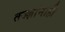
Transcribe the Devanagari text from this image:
तज्‍ज्ञांनाही